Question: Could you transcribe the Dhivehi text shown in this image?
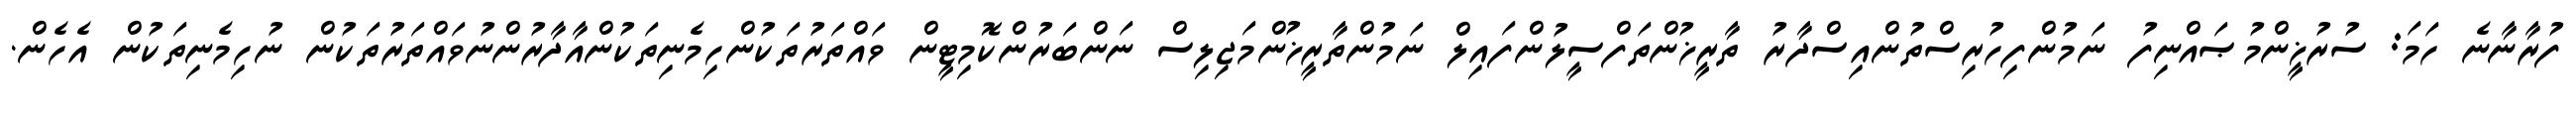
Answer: ފުރާނާނެ ހަމަ: ސުރުޚީންމުޞައްނިފު ނަމުންފިހުރިސްތުންއިސްދާރު ތާރީޚުންތަފްސީލުންފައިލް ނަމުންތާރީޚުންމަޖިލިސް ނަންބަރުންކޮމިޓީން ވައްތަރުތަކުންހިމެނިތަކުންއާދާރުންނުވައްތަރުތަކުން ނުހިމެނިތަކުން އެހެން.